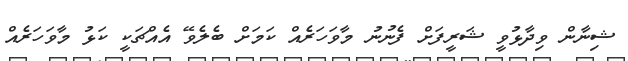
ޝިނާން ވިދާޅުވީ ޝަރީފަށް ފެނުނު މާވަހަރެއް ކަމަށް ބެލެވޭ އެއްޗަކީ ކަޅު މާވަހަރެއް